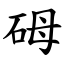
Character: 砪